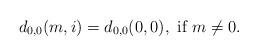
LaTeX: \begin{align*}d_{0,0}(m,i)=d_{0,0}(0,0), \mbox{ if }m\ne 0.\end{align*}